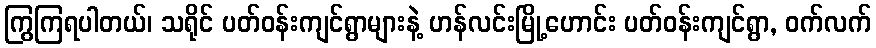
ကြွကြရပါတယ်၊ သရိုင် ပတ်ဝန်းကျင်ရွာများနဲ့ ဟန်လင်းမြို့ဟောင်း ပတ်ဝန်းကျင်ရွာ, ဝက်လက်